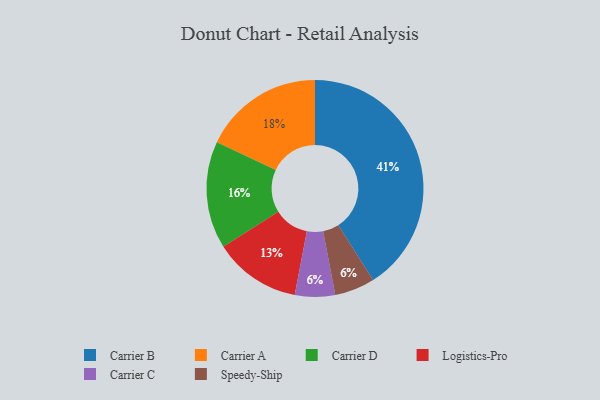
{"axis": {"x": "Category", "y": "Percentage"}, "legend": ["Carrier A", "Carrier B", "Carrier C", "Carrier D", "Logistics-Pro", "Speedy-Ship"], "data": [{"x": "Carrier B", "y": 41, "type": "Carrier B"}, {"x": "Logistics-Pro", "y": 13, "type": "Logistics-Pro"}, {"x": "Carrier D", "y": 16, "type": "Carrier D"}, {"x": "Carrier C", "y": 6, "type": "Carrier C"}, {"x": "Carrier A", "y": 18, "type": "Carrier A"}, {"x": "Speedy-Ship", "y": 6, "type": "Speedy-Ship"}]}